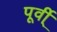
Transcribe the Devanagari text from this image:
पूर्वी्